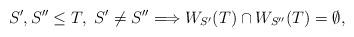
LaTeX: \begin{align*}S',S'' \leq T,\ S'\not= S'' \Longrightarrow W_{S'}(T) \cap W_{S''}(T)=\emptyset,\end{align*}